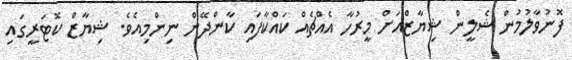
ފޮނުވާލުމުން ޝެލީން ޝިޔާޒްއަށް މީރުހާ އެއްޗެއް ކައްކާފައި ކާންދޭން ނިންމިއެވެ. ޝިޔާޒް ކޮޓަރީގައި